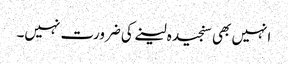
انہیں بھی سنجیدہ لینے کی ضرورت نہیں۔